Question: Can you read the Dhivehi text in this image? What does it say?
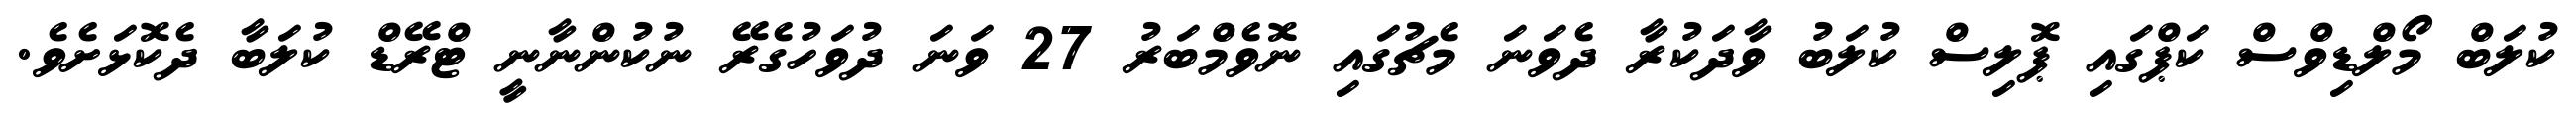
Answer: ކުލަބް މޯލްޑިވްސް ކަޕްގައި ޕޮލިސް ކުލަބު ވާދަކުރާ ދެވަނަ މެޗުގައި ނޮވެމްބަރު 27 ވަނަ ދުވަހުގެރޭ ނުކުންނާނީ ޓްރޭޑް ކުލަބާ ދެކޮޅަށެވެ.